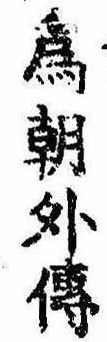
為朝外伝